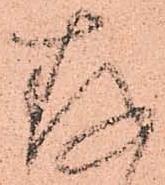
存